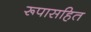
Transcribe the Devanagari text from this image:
रूपासहित